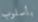
بأسلوب